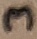
Text: 3